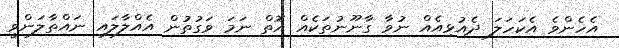
އެހެންވެ އެކަހަލަ ދެއުޅިއެއް ނުވާ ގާނޫނުތަކެއް އޮތް ނަމަ ވަގުތުން އެއްލާލައި ނައްތާލަންވީ